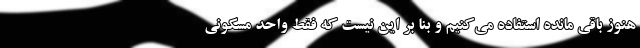
هنوز باقی مانده استفاده می‌کنیم و بنا بر این نیست که فقط واحد مسکونی